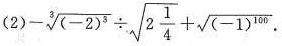
(2)$$-\sqrt [3]{(-2)^{3}} \div \sqrt{2 \frac{1}{4}}+\sqrt{(-1)^{100}}$$.